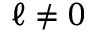
\ell \neq 0